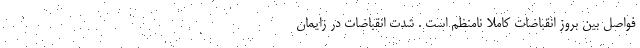
فواصل بین بروز انقباضات کاملا نامنظم است . شدت انقباضات در زایمان